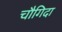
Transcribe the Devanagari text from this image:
चौगिदा